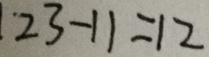
2 3 - 1 1 = 1 2